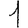
Digit: 1